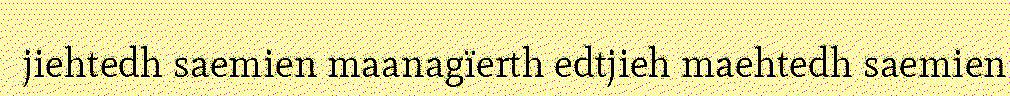
jiehtedh saemien maanagïerth edtjieh maehtedh saemien